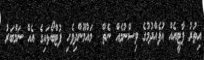
އިތުރު ޕާޓީއެއް އުފެއްދުމުގެ ވިސްނުމެއް ނެތް  މައުމޫންދިވެހި ފުޓްބޯޅައިގެ އެއް ނަމްބަރު